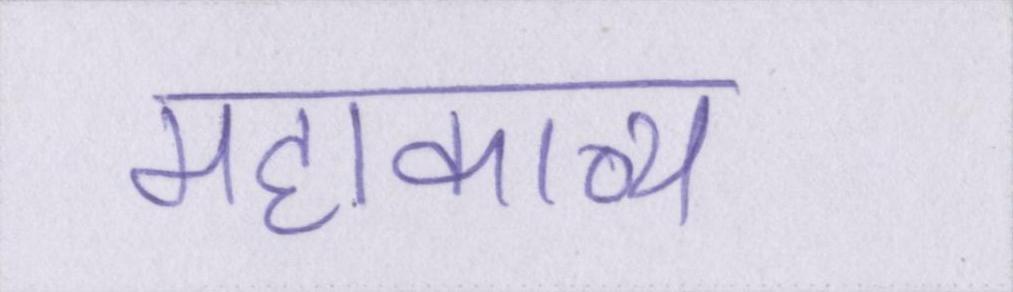
महाकाव्य